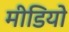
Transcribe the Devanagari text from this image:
मीडियो